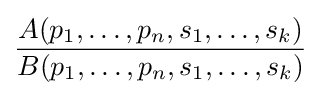
{\frac {A(p_{1},\dots ,p_{n},s_{1},\dots ,s_{k})}{B(p_{1},\dots ,p_{n},s_{1},\dots ,s_{k})}}